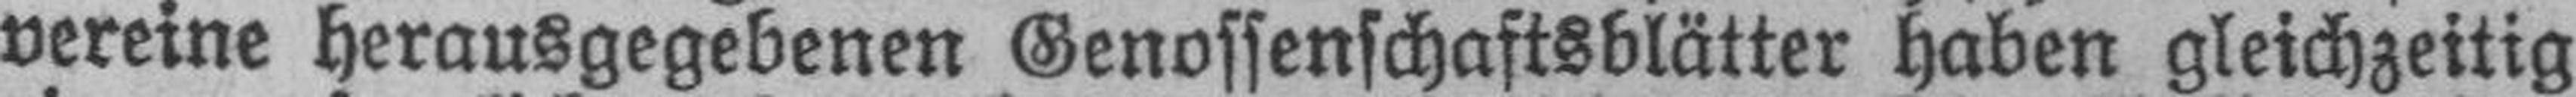
vereine herausgegebenen Genossenschaftsblätter haben gleichzeitig